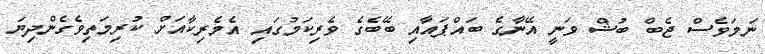
ނަމަވެސް ޖެބް ބުޝް ވަނީ އޭނާގެ ބައްޕައާއި ބޭބެގެ ވެރިކަމުގައި އެމެރިކާއަށް ކުރިމަތިވެގެންދިޔަ